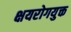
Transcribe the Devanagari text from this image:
क्षयरोगयुक्त